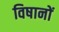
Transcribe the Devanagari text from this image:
विषानों